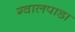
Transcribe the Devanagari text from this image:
ग्वालपाडा